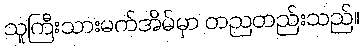
သူကြီးသားမက်အိမ်မှာ တညတည်းသည်။